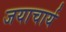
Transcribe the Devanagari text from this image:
जयाचार्य